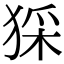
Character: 𤟖